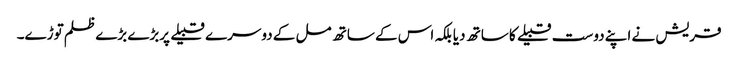
قریش نے اپنے دوست قبیلے کا ساتھ دیا بلکہ اس کے ساتھ مل کے دوسرے قبیلے پربڑے بڑے ظلم توڑے۔